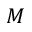
M